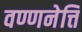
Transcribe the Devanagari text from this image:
वण्णनेत्ति